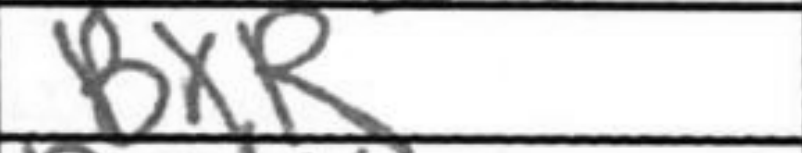
Transcription: BxR